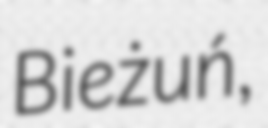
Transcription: Bieżuń,